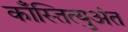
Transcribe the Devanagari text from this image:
काँस्तित्युअंत